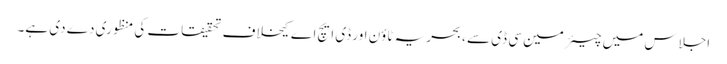
اجلاس میں چیئرمین سی ڈی سے ، بحریہ ٹاؤن اور ڈی ایچ اے کیخلاف تحقیقات کی منظوری دے دی ہے۔